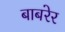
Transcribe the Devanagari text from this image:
बाबरेर